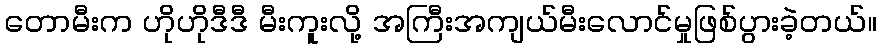
တောမီးက ဟိုဟိုဒီဒီ မီးကူးလို့ အကြီးအကျယ်မီးလောင်မှုဖြစ်ပွားခဲ့တယ်။